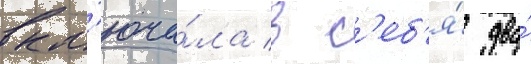
вкл'юча́ла в с'еб'я́ два́